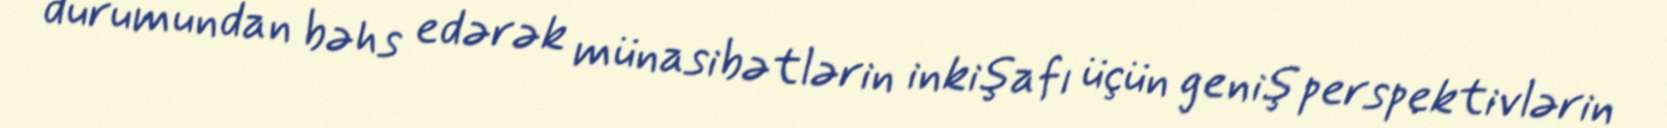
durumundan bəhs edərək münasibətlərin inkişafı üçün geniş perspektivlərin